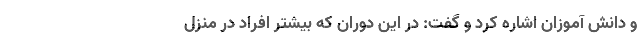
و دانش آموزان اشاره کرد و گفت: در این دوران که بیشتر افراد در منزل